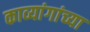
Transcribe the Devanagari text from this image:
काव्यांगांच्या